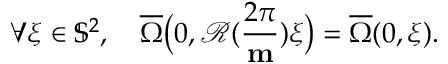
\forall \xi \in \mathbb { S } ^ { 2 } , \quad \overline { { \Omega } } \big ( 0 , \mathcal { R } ( \frac { 2 \pi } { \mathbf { m } } ) \xi \big ) = \overline { { \Omega } } ( 0 , \xi ) .